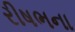
રીષભના